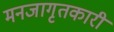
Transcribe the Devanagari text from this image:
मनजागृतकारी